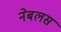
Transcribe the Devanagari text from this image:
नेबलस